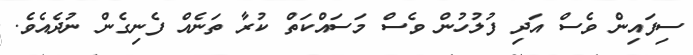
ސިފައިން ވެސް އަދި ފުލުހުން ވެސް މަސައްކަތް ކުރާ ތަނެއް ފެނިގެން ނުދެއެވެ.